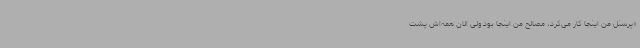
«پرسنل من اینجا کار می‌کرد، مصالح من اینجا بود ولی الان همه‌اش پشت